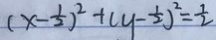
( x - \frac { 1 } { 2 } ) ^ { 2 } + ( y - \frac { 1 } { 2 } ) ^ { 2 } = \frac { 1 } { 2 }